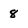
Character: 8